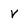
Character: v